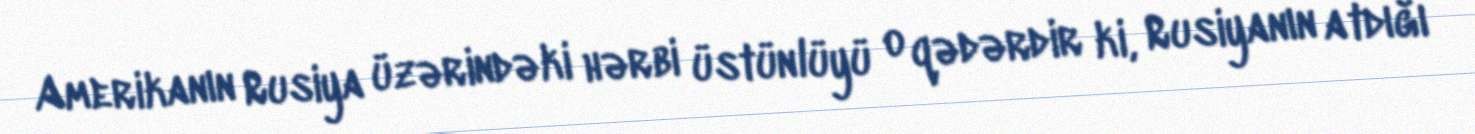
Amerikanın Rusiya üzərindəki hərbi üstünlüyü o qədərdir ki, Rusiyanın atdığı